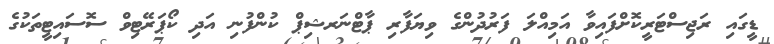
ޑީގައި ރަޖިސްޓަރީކޮށްފައިވާ އަމިއްލަ ފަރުދުންގެ ވިޔަފާރި ޕާޓްނަރޝިޕް ކުންފުނި އަދި ކޯޕަރޭޓިވް ސޮސައިޓީތަކުގެ